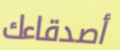
أصدقاءك